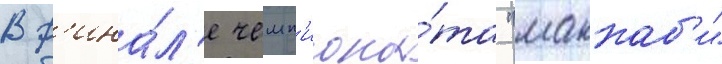
В ф'ина́л'е чемп'иона́та "маккаб'и"